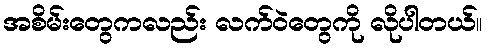
အစိမ်းတွေကလည်း လက်ဝဲတွေကို လိုပါတယ်။